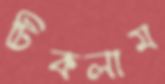
টিকলাম